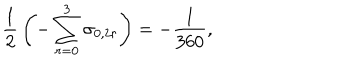
{ \frac { 1 } { 2 } } \left( - \sum _ { r = 0 } ^ { 3 } \sigma _ { 0 , 2 r } \right) = - { \frac { 1 } { 3 6 0 } } ,